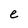
Character: e